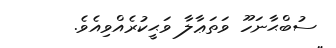
ސުބްޙާނަހޫ ވަތަޢާލާ ވަޙީކުރެއްވިއެވެ.